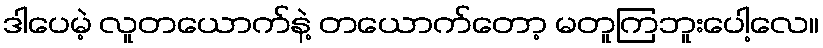
ဒါပေမဲ့ လူတယောက်နဲ့ တယောက်တော့ မတူကြဘူးပေါ့လေ။